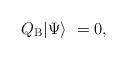
LaTeX: \begin{align*}Q_{\rm B} | \Psi \rangle \ = 0, \end{align*}